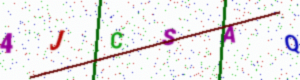
Text: 4JCSAQ